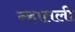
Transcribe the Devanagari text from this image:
न्हातली